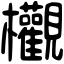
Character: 欟